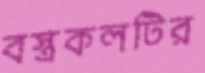
বস্ত্রকলটির